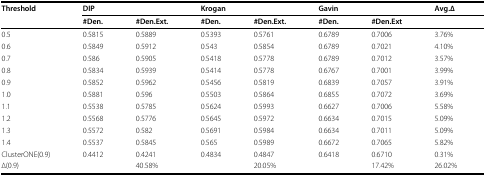
| Threshold | <COLSPAN=2> DIP | <COLSPAN=2> Krogan | <COLSPAN=2> Gavin | Avg.Δ |
 |  | #Den. | #Den.Ext. | #Den. | #Den.Ext. | #Den. | #Den.Ext |  |
 | --- | --- | --- | --- | --- | --- | --- | --- |
 | 0.5 | 0.5815 | 0.5889 | 0.5393 | 0.5761 | 0.6789 | 0.7006 | 3.76% |
 | 0.6 | 0.5849 | 0.5912 | 0.543 | 0.5854 | 0.6789 | 0.7021 | 4.10% |
 | 0.7 | 0.586 | 0.5905 | 0.5418 | 0.5778 | 0.6789 | 0.7012 | 3.57% |
 | 0.8 | 0.5834 | 0.5939 | 0.5414 | 0.5778 | 0.6767 | 0.7001 | 3.99% |
 | 0.9 | 0.5852 | 0.5962 | 0.5456 | 0.5819 | 0.6839 | 0.7057 | 3.91% |
 | 1.0 | 0.5881 | 0.596 | 0.5503 | 0.5864 | 0.6855 | 0.7072 | 3.69% |
 | 1.1 | 0.5538 | 0.5785 | 0.5624 | 0.5993 | 0.6627 | 0.7006 | 5.58% |
 | 1.2 | 0.5568 | 0.5776 | 0.5645 | 0.5972 | 0.6634 | 0.7015 | 5.09% |
 | 1.3 | 0.5572 | 0.582 | 0.5691 | 0.5984 | 0.6634 | 0.7011 | 5.09% |
 | 1.4 | 0.5537 | 0.5845 | 0.565 | 0.5989 | 0.6672 | 0.7065 | 5.82% |
 | ClusterONE(0.9) | 0.4412 | 0.4241 | 0.4834 | 0.4847 | 0.6418 | 0.6710 | 0.31% |
 | Δ(0.9) |  | 40.58% |  | 20.05% |  | 17.42% | 26.02% |